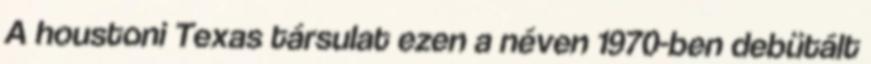
A houstoni Texas társulat ezen a néven 1970-ben debütált